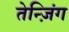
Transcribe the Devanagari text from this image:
तेन्ज़िंग